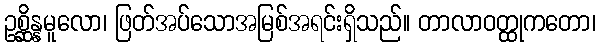
ဥစ္ဆိန္နမူလော၊ ဖြတ်အပ်သောအမြစ်အရင်းရှိသည်။ တာလာဝတ္ထုကတော၊